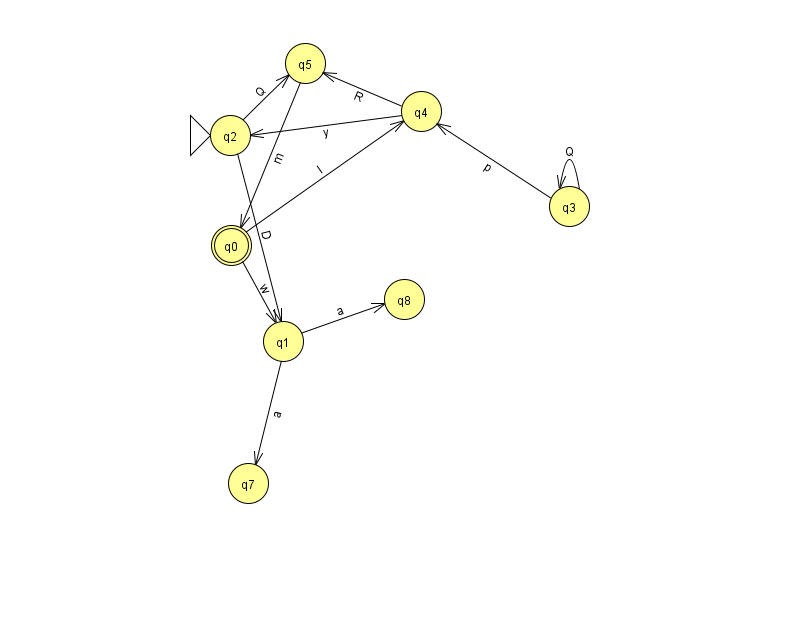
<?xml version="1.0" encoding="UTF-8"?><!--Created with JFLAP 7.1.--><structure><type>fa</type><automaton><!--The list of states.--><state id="0" name="q0"><x>231.0</x><y>232.0</y><final/></state><state id="1" name="q1"><x>283.0</x><y>328.0</y></state><state id="2" name="q2"><x>230.0</x><y>122.0</y><initial/></state><state id="3" name="q3"><x>569.0</x><y>193.0</y></state><state id="4" name="q4"><x>421.0</x><y>98.0</y></state><state id="5" name="q5"><x>305.0</x><y>50.0</y></state><state id="7" name="q7"><x>248.0</x><y>470.0</y></state><state id="8" name="q8"><x>404.0</x><y>286.0</y></state><!--The list of transitions.--><transition><from>3</from><to>3</to><read>Q</read></transition><transition><from>3</from><to>4</to><read>p</read></transition><transition><from>4</from><to>2</to><read>y</read></transition><transition><from>2</from><to>5</to><read>Q</read></transition><transition><from>5</from><to>0</to><read>m</read></transition><transition><from>2</from><to>1</to><read>D</read></transition><transition><from>1</from><to>8</to><read>a</read></transition><transition><from>0</from><to>4</to><read>I</read></transition><transition><from>4</from><to>5</to><read>R</read></transition><transition><from>1</from><to>7</to><read>a</read></transition><transition><from>0</from><to>1</to><read>w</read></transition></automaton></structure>